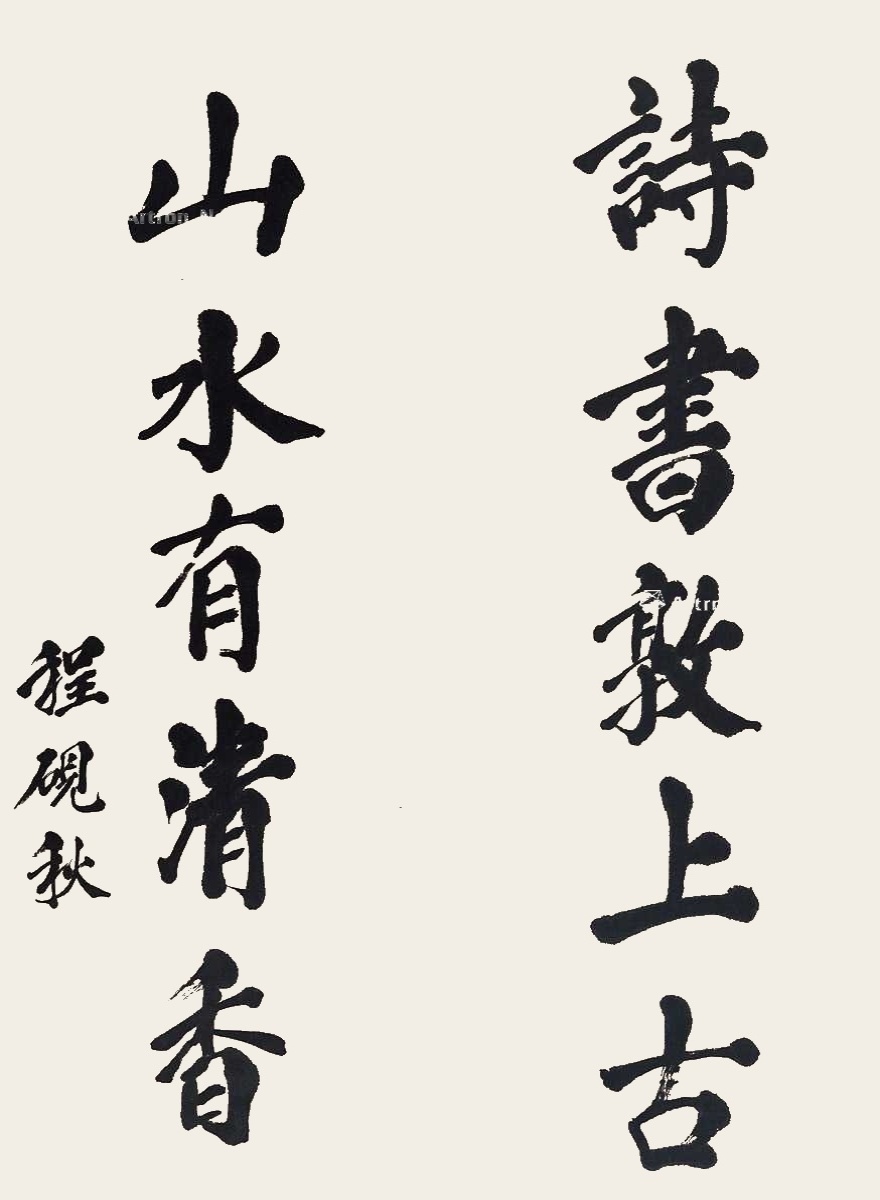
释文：诗书敦上古，山水有清香。程砚秋。